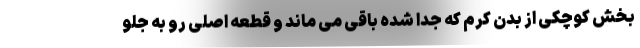
بخش کوچکی از بدن کرم که جدا شده باقی می ماند و قطعه اصلی رو به جلو